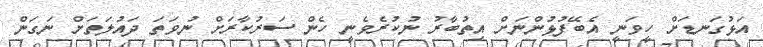
އަޅުގަނޑަށް ހީވަނީ އެބޭފުޅުންނަށް އިތުބާރު ނުކުރެވެނީ ހެން ސަރުކާރަށް ނުވަތަ ދައުލަތަށް ނަގަން